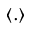
\langle . \rangle